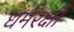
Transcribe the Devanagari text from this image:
धर्मरक्षी